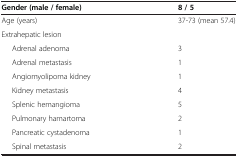
<table><thead><tr><td><b>Gender (male / female)</b></td><td><b>8 / 5</b></td></tr></thead><tbody><tr><td>Age (years)</td><td>37-73 (mean 57.4)</td></tr><tr><td>Extrahepatic lesion</td><td> </td></tr><tr><td>Adrenal adenoma</td><td>3</td></tr><tr><td>Adrenal metastasis</td><td>1</td></tr><tr><td>Angiomyolipoma kidney</td><td>1</td></tr><tr><td>Kidney metastasis</td><td>4</td></tr><tr><td>Splenic hemangioma</td><td>5</td></tr><tr><td>Pulmonary hamartoma</td><td>2</td></tr><tr><td>Pancreatic cystadenoma</td><td>1</td></tr><tr><td>Spinal metastasis</td><td>2</td></tr></tbody></table>